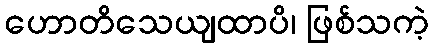
ဟောတိသေယျထာပိ၊ ဖြစ်သကဲ့